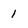
Character: 1